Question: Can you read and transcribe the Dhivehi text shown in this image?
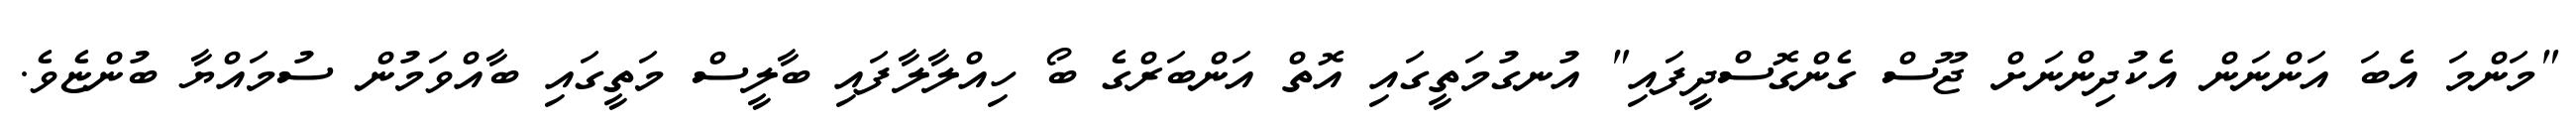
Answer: "މަންމަ އެބަ އަންނަން އެކުދިންނަށް ޖޫސް ގެންގޮސްދީފައި" އުނގުމަތީގައި އޮތް އަންބަރްގެ ބޯ ހިއްލާލާފައި ބާލީސް މަތީގައި ބާއްވަމުން ސުމައްޔާ ބުންޏެވެ.